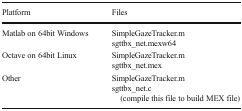
<table><thead><tr><td><b>Platform</b></td><td><b>Files</b></td></tr></thead><tbody><tr><td>Matlab on 64bit Windows</td><td>SimpleGazeTracker.msgttbx_net.mexw64</td></tr><tr><td>Octave on 64bit Linux</td><td>SimpleGazeTracker.msgttbx_net.mex</td></tr><tr><td>Other</td><td>SimpleGazeTracker.msgttbx_net.c (compile this file to build MEX file)</td></tr></tbody></table>